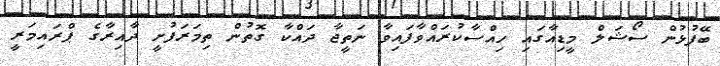
ބޭފުޅުން ސޯޝަލް މީޑިއާގައި ހިއްސާކުރައްވާފައިވާ ނަތީޖާ ދައްކާ ގޮތުން ތިމަރަފުށީ ދާއިރާގެ ޕްރައިމަރީ